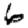
Digit: 6